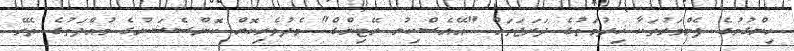
ހިންގުމުގެ ފެންވަރުތަކާ ޚިދުމަތުގެ ދަރަޖަތައް "އޭއެސްކިޔު ރޭޓިންގް" މެދުވެރިކޮށް ކޮންސެޝަނުގެ މުއްދަތުގެ ތެރޭ